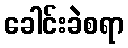
ခေါင်းခဲစရာ